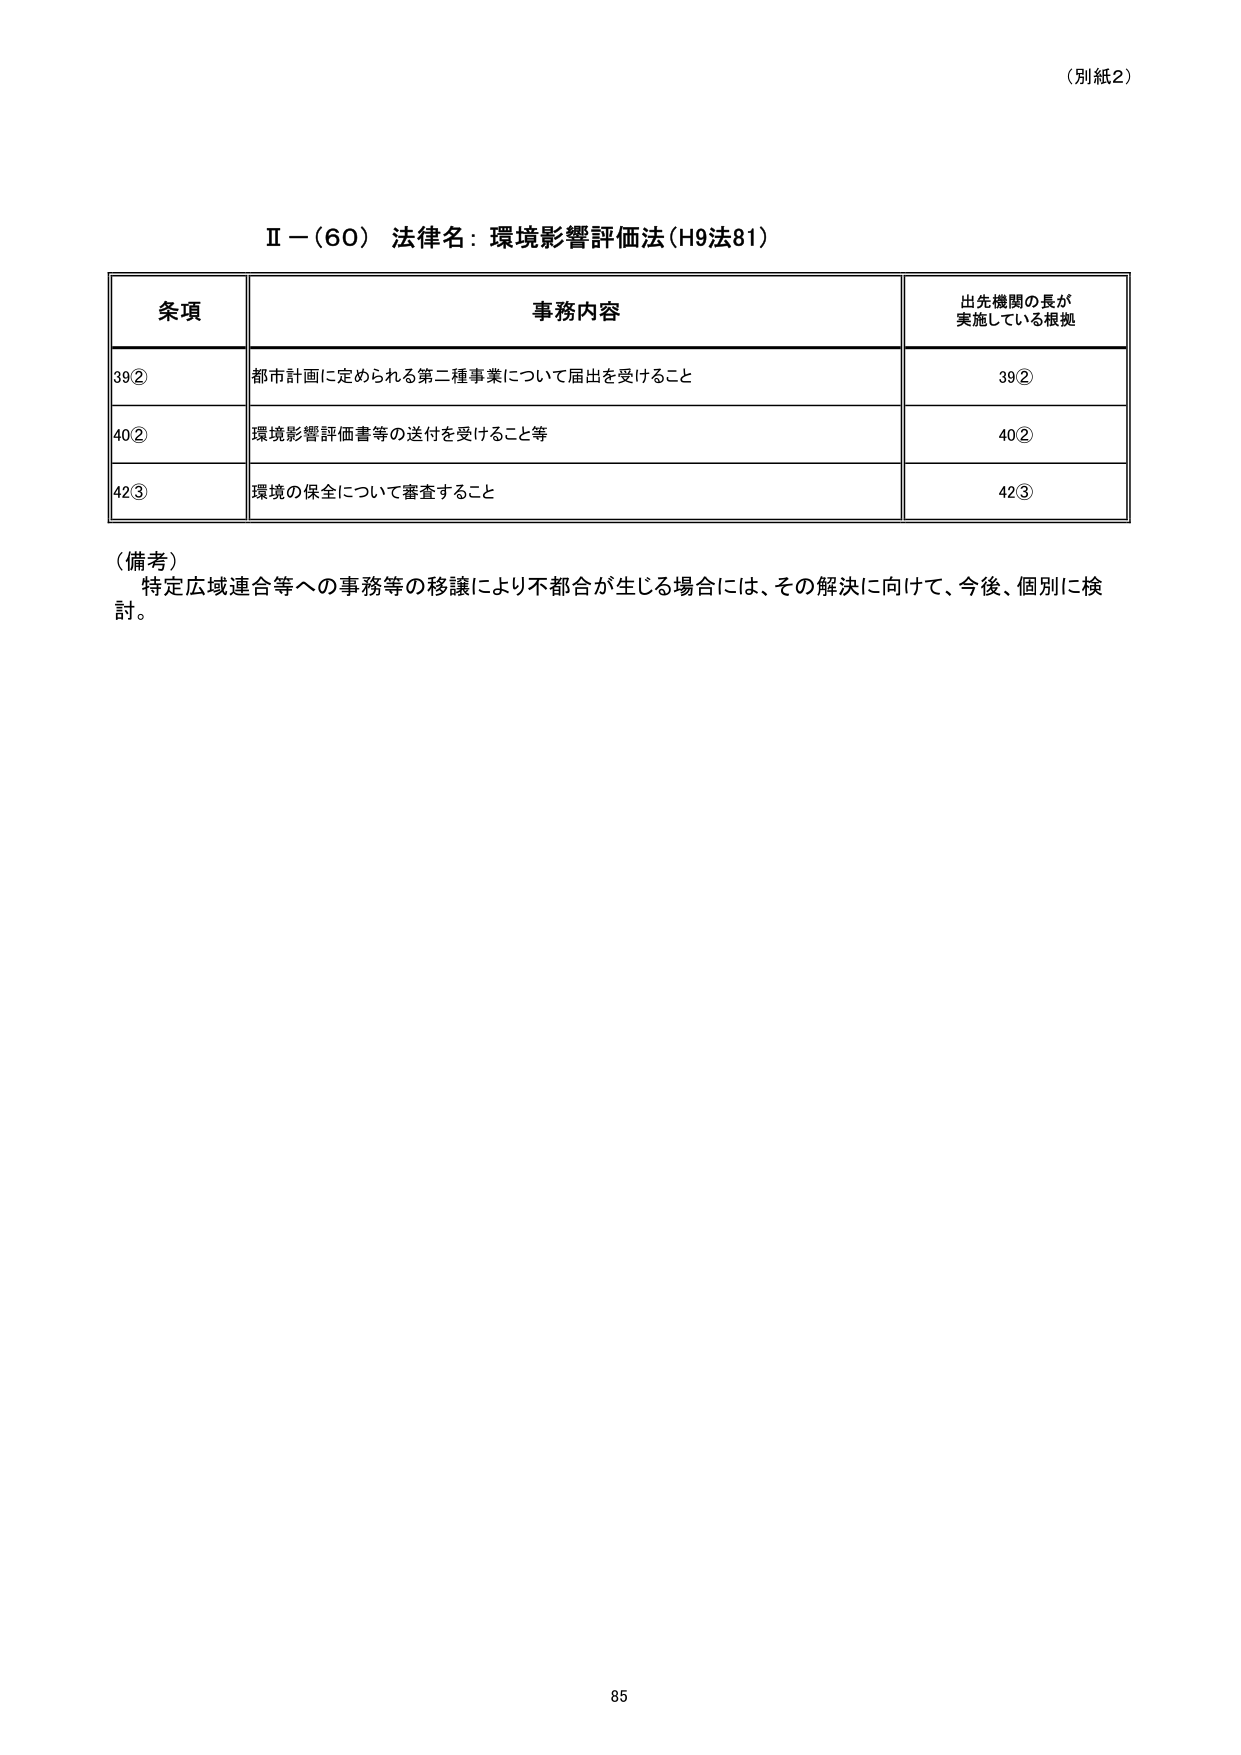
（別紙2）

Ⅱ－（60） 法律名：環境影響評価法（H9法81）

条項 事務内容 出先機関の長が 実施している根拠
39② 都市計画に定められる第二種事業について届出を受けること 39②
40② 環境影響評価書等の送付を受けること等 40②
42③ 環境の保全について審査すること 42③

（備考）
特定広域連合等への事務等の移譲により不都合が生じる場合には、その解決に向けて、今後、個別に検討。

85